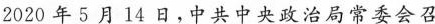
2020年5月14日，中共中央政治局常委会召